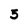
Character: 3